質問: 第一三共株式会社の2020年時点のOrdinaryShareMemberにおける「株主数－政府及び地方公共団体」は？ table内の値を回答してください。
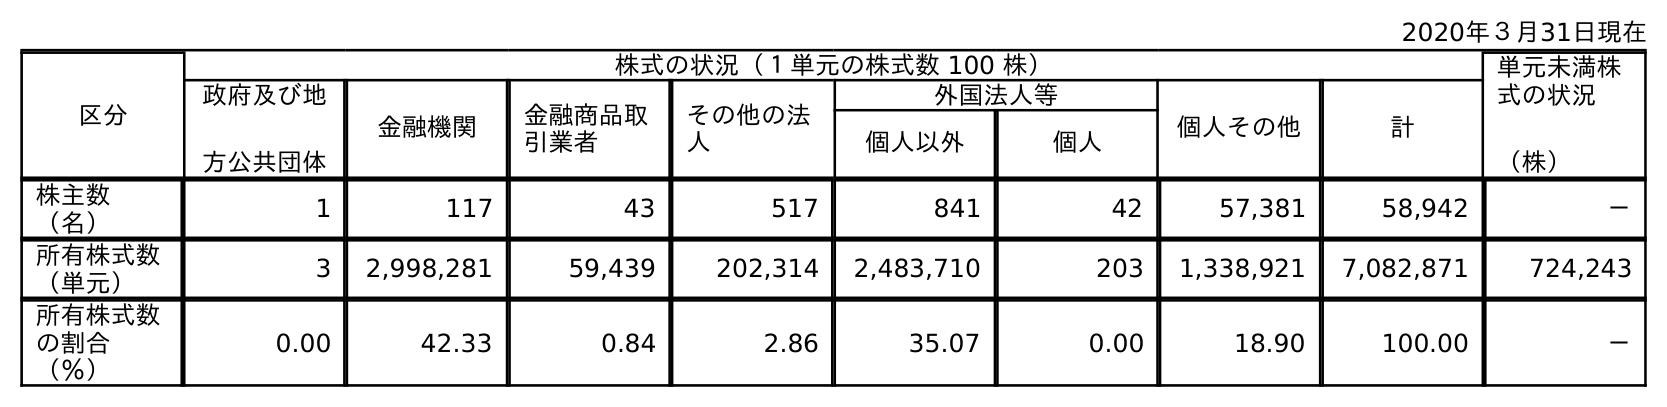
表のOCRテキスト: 2020年３月31日現在 区分 株式の状況（１単元の株式数 100 株） 単元未満株 式の状況 （株） 政府及び地 方公共団体 金融機関 金融商品取 引業者 その他の法 人 外国法人等 個人その他 計 個人以外 個人 株主数 （名） 1 117 43 517 841 42 57,381 58,942 － 所有株式数 （単元） 3 2,998,281 59,439 202,314 2,483,710 203 1,338,921 7,082,871 724,243 所有株式数 の割合 （％） 0.00 42.33 0.84 2.86 35.07 0.00 18.90 100.00 －
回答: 1